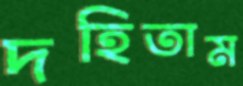
দহিতাম